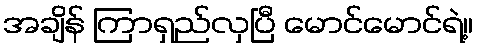
အချိန် ကြာရှည်လှပြီ မောင်မောင်ရဲ့။